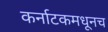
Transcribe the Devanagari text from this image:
कर्नाटकमधूनच